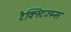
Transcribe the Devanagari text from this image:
टैक्स्टिज्म्स